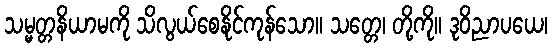
သမ္မတ္တနိယာမကို သိလွယ်စေနိုင်ကုန်သော။ သတ္တေ၊ တို့ကို။ ဒုဝိညာပယေ၊